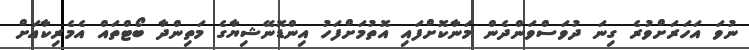
ނުވަ އަހަރަށްވުރެ ގިނަ ދުވަސްވަންދެން މަނާކޮށްފައި އޮތުމަށްފަހު އިންޑޮނޭޝިޔާގެ މަތިންދާ ބޯޓްތައް އެމެރިކާއަށް